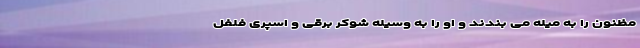
مظنون را به میله می بندند و او را به وسیله شوکر برقی و اسپری فلفل